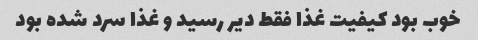
خوب بود کیفیت غذا فقط دیر رسید و غذا سرد شده بود